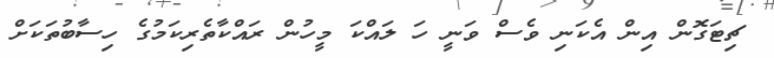
ޗިޓަގޮން އިން އެކަނި ވެސް ވަނީ ހަ ލައްކަ މީހުން ރައްކާތެރިކަމުގެ ހިސާބުތަކަށް